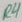
Text: R4